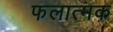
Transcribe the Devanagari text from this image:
फलात्मक